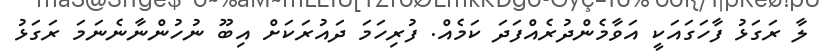
ލާ ރަގަޅު ފާހަގައަކީ އަވާމެންދުރެއްފަދަ ކަމެއް. ފުރިހަމަ ދައުރަކަށް އިބޫ ނުހުންނާނެނަމަ ރަގަޅު